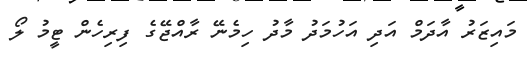
މައިޒަރު އާދަމް އަދި އަހުމަދު މާދު ހިމެނޭ ރާއްޖޭގެ ފިރިހެން ޓީމު ލޯ